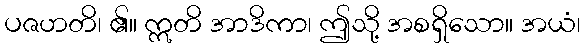
ပဇဟတိ၊ ၏။ ဣတိ အာဒိကာ၊ ဤသို့ အစရှိသော။ အယံ၊